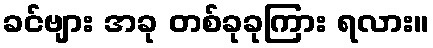
ခင်ဗျား အခု တစ်ခုခုကြား ရလား။